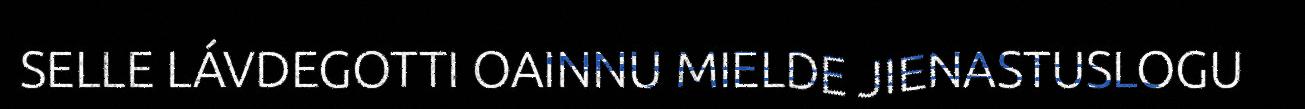
SELLE LÁVDEGOTTI OAINNU MIELDE JIENASTUSLOGU